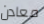
معادن